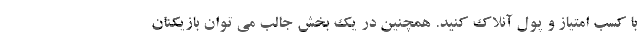
با کسب امتیاز و پول آنلاک کنید. همچنین در یک بخش جالب می توان بازیکنان